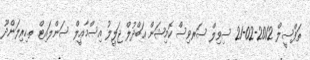
ތަފްސީލް 2012-02-21 ސިވިލް ސަރވިސް ކޮމިޝަން ޢަބްދުލް ޖަލީލު އިސްމާޢީލް ސަންލައިޓް ތ.ހިރިލަންދޫ